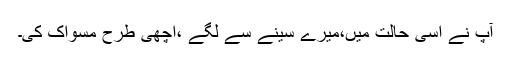
آپ نے اسی حالت میں،میرے سینے سے لگے ،اچھی طرح مسواک کی۔